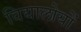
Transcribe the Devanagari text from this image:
विद्यालोयों